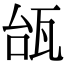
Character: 瓵